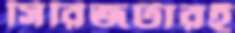
সিরিজটারই